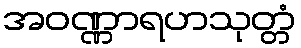
အဝဏ္ဏာရဟသုတ္တံ